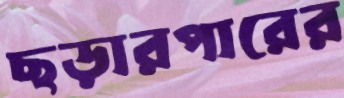
ছড়ারপারের